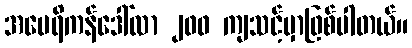
အမေရိကန်ဒေါ်လာ ၂၀၀ ကျသင့်မှာဖြစ်ပါတယ်။